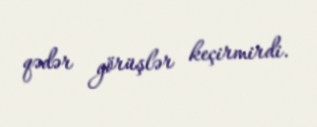
qədər görüşlər keçirmirdi.